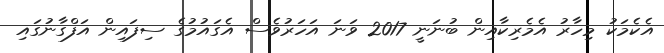
އެކެމަކު މިހާރު އެމެރިކާއިން ބުނަނީ 2017 ވަނަ އަހަރުވެސް އެގައުމުގެ ސިފައިން އަފްގާނުގައި